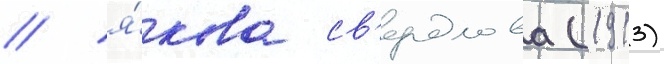
/ я́кова св'ердлова (1913)